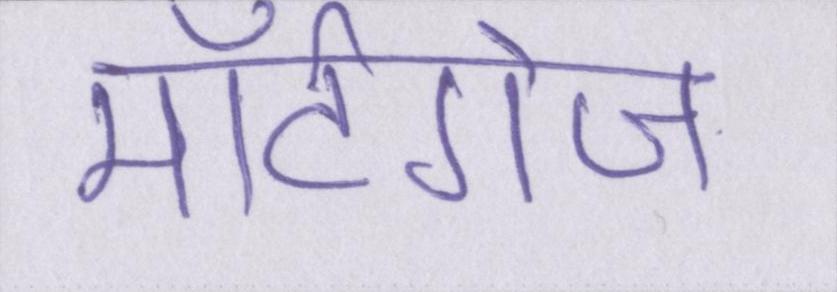
मॉर्टगेज